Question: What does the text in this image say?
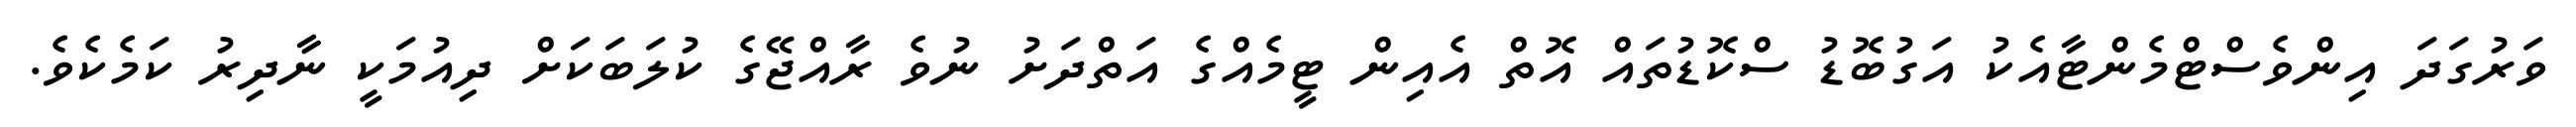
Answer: ވަރުގަދަ އިންވެސްޓްމެންޓާއެކު އަގުބޮޑު ސްކޮޑުތައް އޮތް އެއިން ޓީމެއްގެ އަތްދަށު ނުވެ ރާއްޖޭގެ ކުލަބަކަށް ދިއުމަކީ ނާދިރު ކަމެކެވެ.